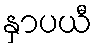
နှာပယီ